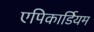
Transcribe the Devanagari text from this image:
एपिकार्डियम